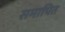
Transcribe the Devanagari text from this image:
समापित